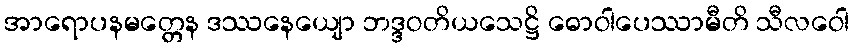
အာရောပနမတ္တေန ဒဿနေယျော ဘဒ္ဒဝတိယသေဋ္ဌိ ဓောဝါပေဿာမီတိ သီလဝေါ